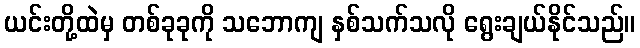
ယင်းတို့ထဲမှ တစ်ခုခုကို သဘောကျ နှစ်သက်သလို ရွေးချယ်နိုင်သည်။